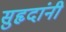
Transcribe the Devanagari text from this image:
सुहृदांनी